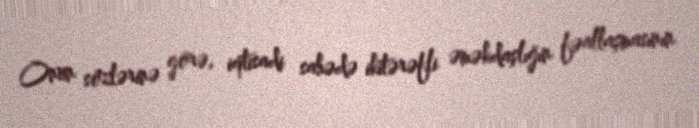
Onun sözlərinə görə, iqtisadi sahədə ikitərəfli əməkdaşlığın fəallaşmasının